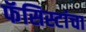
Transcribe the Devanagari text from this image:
फॅसिस्टांचा